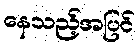
နေသည့်အပြင်